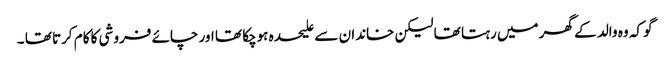
گو کہ وہ والد کے گھر میں رہتا تھا لیکن خاندان سے علیحدہ ہوچکا تھا اور چائے فروشی کا کام کرتا تھا ۔